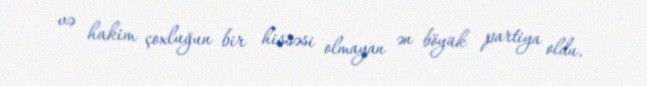
və hakim çoxluğun bir hissəsi olmayan ən böyük partiya oldu.